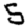
Digit: 5